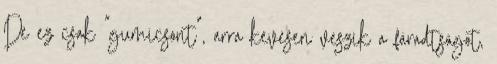
De ez csak "gumicsont", arra kevesen veszik a fáradtságot,